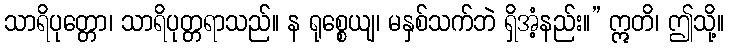
သာရိပုတ္တော၊ သာရိပုတ္တရာသည်။ န ရုစ္စေယျ၊ မနှစ်သက်ဘဲ ရှိအံ့နည်း။” ဣတိ၊ ဤသို့။